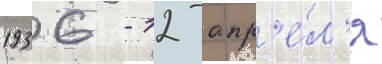
1936 - 12 апр'е́л'я